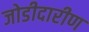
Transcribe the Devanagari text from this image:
जोडीदारीण